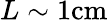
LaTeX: L\sim 1\mathrm{cm}